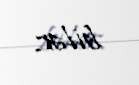
bilər.